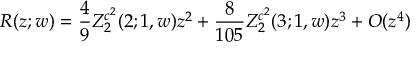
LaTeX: R ( z ; w ) = \frac { 4 } { 9 } Z _ { 2 } ^ { c ^ { 2 } } ( 2 ; 1 , w ) z ^ { 2 } + \frac { 8 } { 1 0 5 } Z _ { 2 } ^ { c ^ { 2 } } ( 3 ; 1 , w ) z ^ { 3 } + { \cal O } ( z ^ { 4 } )